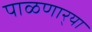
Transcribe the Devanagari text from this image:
पाळणार्‍या